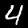
Digit: 4